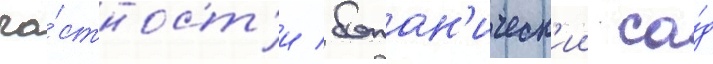
ча́стност'и / ботан'ическ'ии са́д